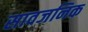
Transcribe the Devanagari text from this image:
सावजनिक